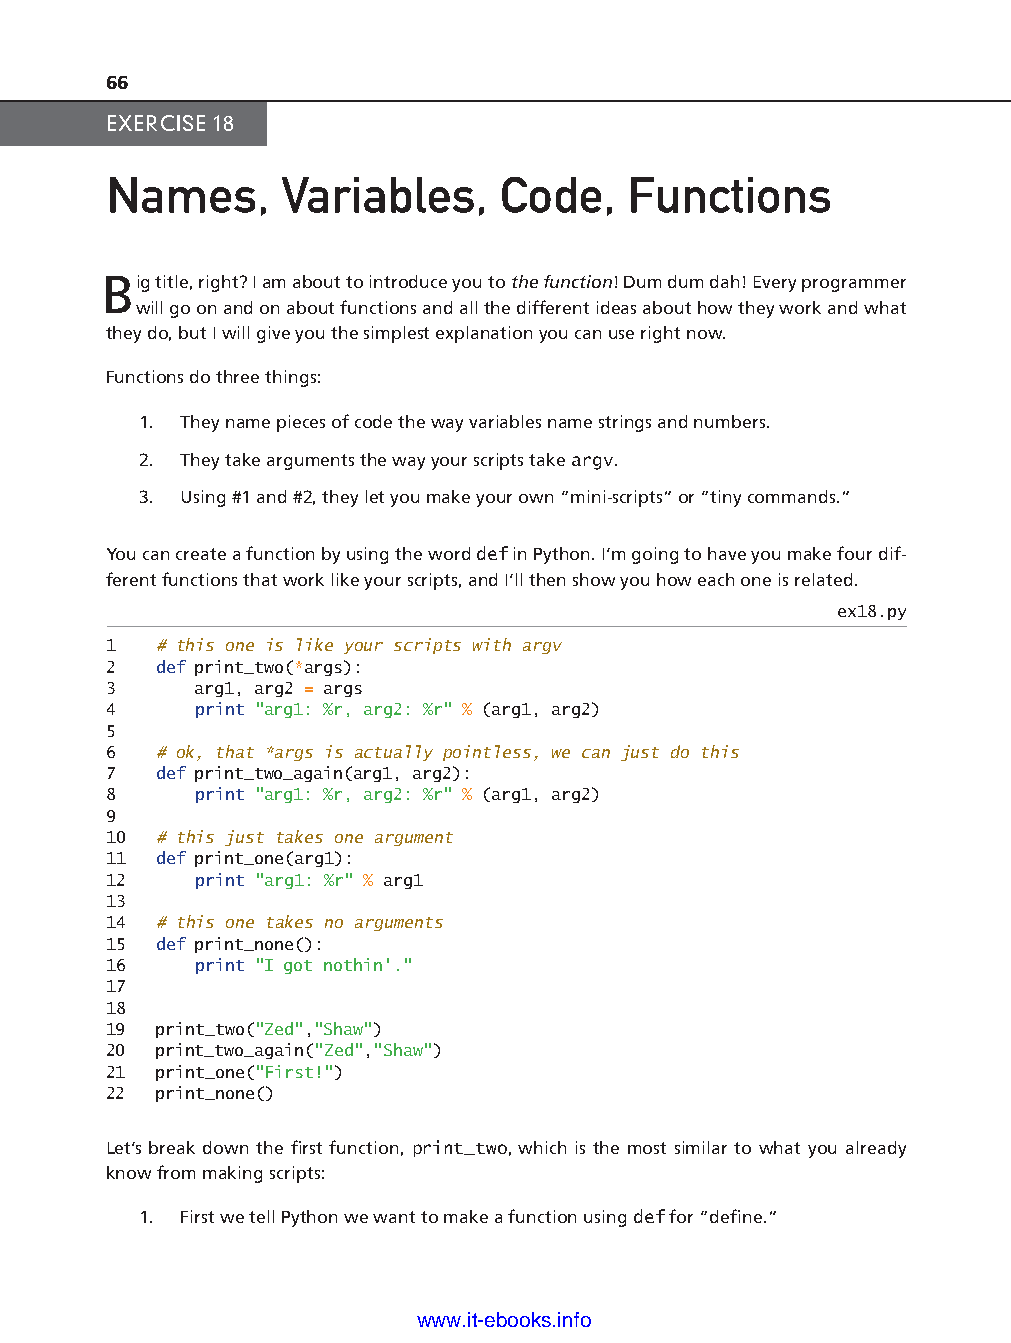
66
 EXERCISE 18
 Names,      Variables,    Code,    Functions
 Big title, right? I am about to introduce you to the function! Dum dum dah! Every programmer
 will go on and on about functions and all the different ideas about how they work and what
 they do, but I will give you the simplest explanation you can use right now.
 Functions do three things:
 1. They name pieces of code the way variables name strings and numbers.
 2. They take arguments the way your scripts take argv.
 3. Using #1 and #2, they let you make your own “mini-s cripts” or “tiny commands.”
 You can create a function by using the word def in Python. I’m going to have you make four dif-
 ferent functions that work like your scripts, and I’ll then show you how each one is related.
 ex18.py
 1  # this one is like your scripts with argv
 2  def print_two(*args):
 ptg11539604
 3     arg1, arg2 = args
 4     print "arg1: %r, arg2: %r" % (arg1, arg2)
 5
 6  # ok, that *args is actually pointless, we can just do this
 7  def print_two_again(arg1, arg2):
 8     print "arg1: %r, arg2: %r" % (arg1, arg2)
 9
 10 # this just takes one argument
 11 def print_one(arg1):
 12    print "arg1: %r" % arg1
 13
 14 # this one takes no arguments
 15 def print_none():
 16    print "I got nothin'."
 17
 18
 19 print_two("Zed","Shaw")
 20 print_two_again("Zed","Shaw")
 21 print_one("First!")
 22 print_none()
 Let’s break down the fi rst function, print_two, which is the most similar to what you already
 know from making scripts:
 1. First we tell Python we want to make a function using def for “defi ne.”
 www.it-ebooks.info